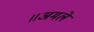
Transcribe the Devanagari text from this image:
॥अमले